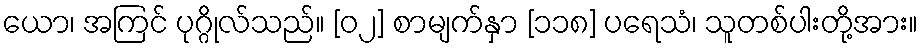
ယော၊ အကြင် ပုဂ္ဂိုလ်သည်။ [၀၂] စာမျက်နှာ [၁၁၈] ပရေသံ၊ သူတစ်ပါးတို့အား။